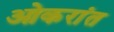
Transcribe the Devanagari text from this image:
ओकरांत